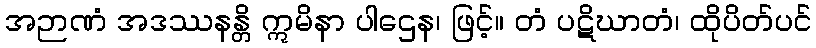
အဉာဏံ အဒဿနန္တိ ဣမိနာ ပါဌေန၊ ဖြင့်။ တံ ပဋိဃာတံ၊ ထိုပိတ်ပင်